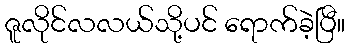
ဇူလိုင်လလယ်သို့ပင် ရောက်ခဲ့ပြီ။